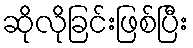
ဆိုလိုခြင်းဖြစ်ပြီး